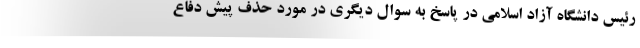
رئیس دانشگاه آزاد اسلامی در پاسخ به سوال دیگری در مورد حذف پیش دفاع